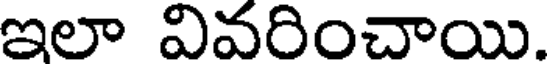
ఇలా వివరించాయి.